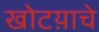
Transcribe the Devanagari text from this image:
खोटय़ाचे